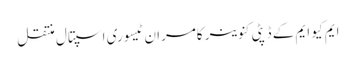
ایم کیو ایم کے ڈپٹی کنوینر کامران ٹیسوری اسپتال منتقل